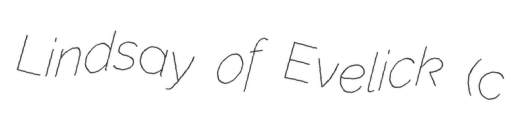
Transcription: Lindsay of Evelick (c